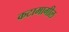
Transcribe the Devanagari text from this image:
कटामागील